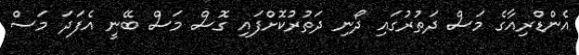
އެންޑްރިއާގެ މަސް ދަތުރުގައި ދޯނި ދަތުރުކޮށްފައި ގޮސް މަސް ބޭނީ އެފަދަ މަސް